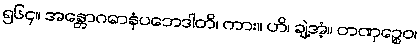
၅၆၄။ အန္တောဂဓာနံပဘေဒါတိ၊ ကား။ ဟိ၊ ချဲ့အံ့။ တဏှဉ္စေဝ၊